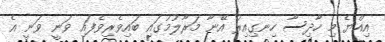
އިއްޔެ މި ހާދިސާ ހިނގިއިރު އޭނާ މަރާލުމުގައި ބައިވެރިވެފައި ވަނީ ވަނީ އެ